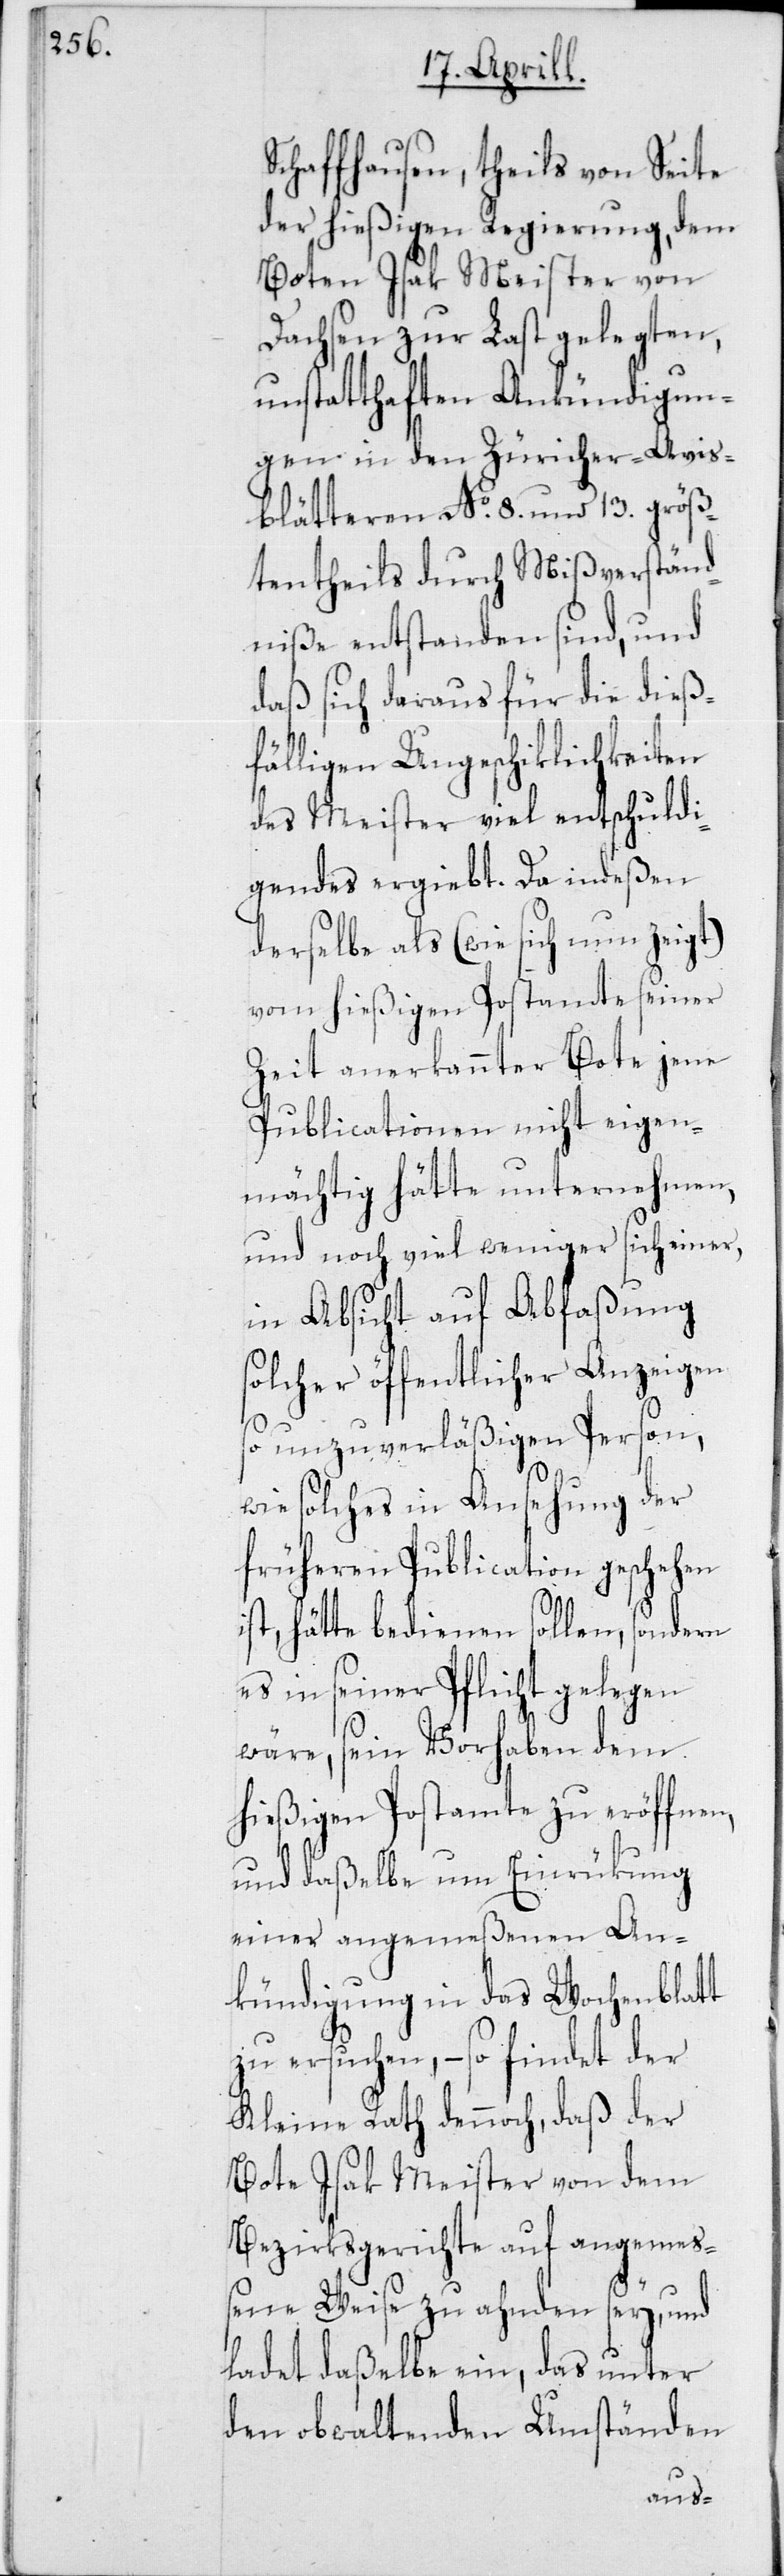
Schaffhausen, theils von Seite
der hießigen Regierung, dem
Boten Isak Meister von
Dachsen zur Last gelegten,
unstatthaften Ankündigun¬
gen in den Züricher-Avis¬
blätteren No 8. und 13. größ¬
tentheils durch Mißverständ¬
niße entstanden sind, und
daß sich daraus für die dieß¬
fälligen Ungeschiklichkeiten
des Meister viel entschuldi¬
gendes ergiebt. Da indeßen
derselbe als (wie es sich
vom hießigen Postamte seiner
Zeit anerkannter Bote jene
Publicationen nicht eigen¬
mächtig hätte unternehmen,
und noch viel weniger sich einer,
in Absicht auf Abfaßung
solcher öffentlicher Anzeigen
so unzuverläßigen Person,
wie solches in Ansehung der
früheren Publication geschehen
ist, hätte bedienen sollen, sondern
es in seiner Pflicht gelegen
wäre, sein Vorhaben dem
hießigen Postamte zu eröffnen,
und daßelbe um Einrükung
einer angemeßenen An¬
kündigung in das Wochenblatt
zu ersuchen, – so findet der
Kleine Rath dennoch, daß der
Bote Isak Meister von dem
Bezirksgerichte auf angemeß¬
ene Weise zu ahnden sey, und
ladet daßelbe ein, das unter
den obwaltenden Umständen